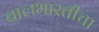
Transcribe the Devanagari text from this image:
बालभारतीचा